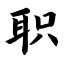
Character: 职